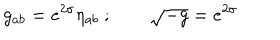
g _ { a b } = e ^ { 2 \sigma } \eta _ { a b } \ ; \qquad \sqrt { - g } = e ^ { 2 \sigma }